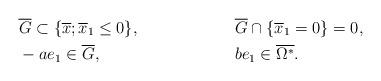
LaTeX: \begin{align*} &\overline{G} \subset \{\overline{x}; \overline{x}_1 \leq 0\}, &&\overline{G} \cap \{\overline{x}_1 = 0\} = 0,\\ &-a e_1 \in \overline{G}, && be_1 \in \overline{\Omega^*}. \end{align*}